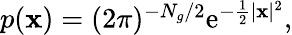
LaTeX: \begin{array}{r}{p(\mathbf x)=(2\pi)^{-N_{g}/2}\mathrm{e}^{-\frac 12|\mathbf x|^{2}},}\end{array}